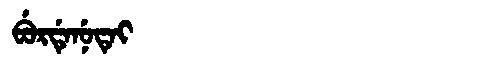
Manchu: ᠪᡠᡵᡩᡝᠨᡠᡨᡝᡳ
Romanization: BURDENUTEI